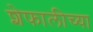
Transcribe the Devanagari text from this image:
शेफालीच्या